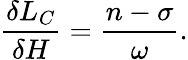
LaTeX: \frac{\delta L_{C}}{\delta H}=\frac{n-\sigma}{\omega}.